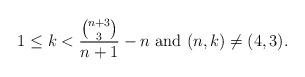
LaTeX: \begin{align*}1\le k<\frac{\binom{n+3}{3}}{n+1}-n\mbox{ and } (n,k)\neq (4,3).\end{align*}